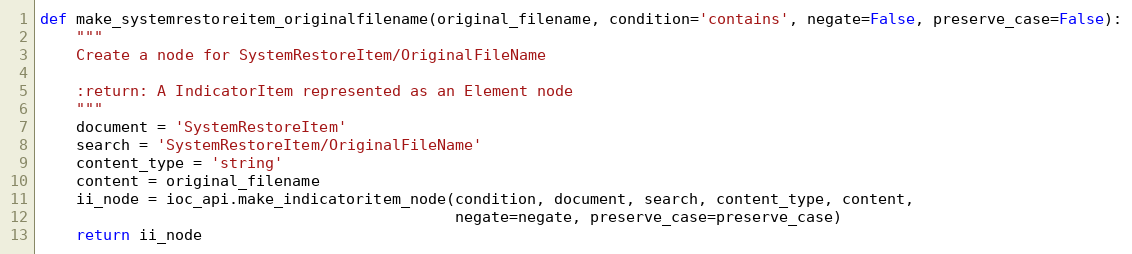
Language: Python
def make_systemrestoreitem_originalfilename(original_filename, condition='contains', negate=False, preserve_case=False):
    """
    Create a node for SystemRestoreItem/OriginalFileName

    :return: A IndicatorItem represented as an Element node
    """
    document = 'SystemRestoreItem'
    search = 'SystemRestoreItem/OriginalFileName'
    content_type = 'string'
    content = original_filename
    ii_node = ioc_api.make_indicatoritem_node(condition, document, search, content_type, content,
                                              negate=negate, preserve_case=preserve_case)
    return ii_node